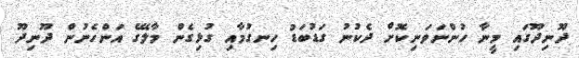
ދޫނިދޫގައި މީނާ ހުންނަވަނިކޮށް ދެކުނު ގަޑުބަޑު ހިނގުމާއި ގުޅިގެން މާލޭގެ އަންހެނުން ދޫނިދޫ